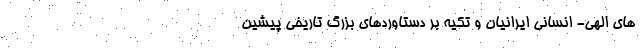
های الهی- انسانی ایرانیان و تکیه بر دستاوردهای بزرگ تاریخی پیشین